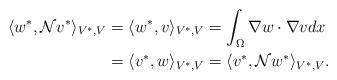
LaTeX: \begin{align*}\langle w^*, {\mathcal N}v^* \rangle _{V^*,V} & = \langle w^*, v \rangle _{V^*,V} = \int_{\Omega } \nabla w \cdot \nabla v dx \\& = \langle v^*, w \rangle _{V^*,V} = \langle v^*, {\mathcal N}w^* \rangle _{V^*,V}.\end{align*}